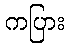
ကပြား